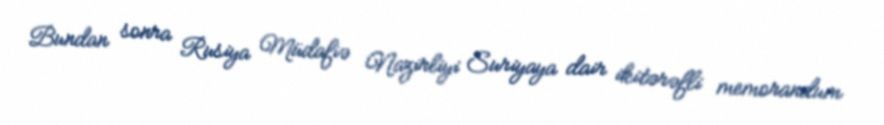
Bundan sonra Rusiya Müdafiə Nazirliyi Suriyaya dair ikitərəfli memorandum